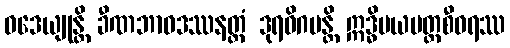
ဝဒေယျုန္တိ ခီဏဘာဝဒဿနတ္ထံ ဒုရဓိဂမန္တိ ဣဒ္ဓိမယပတ္တစီဝရဿ